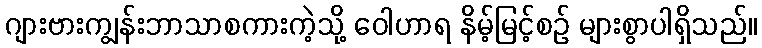
ဂျားဗားကျွန်းဘာသာစကားကဲ့သို့ ဝေါဟာရ နိမ့်မြင့်စဉ် များစွာပါရှိသည်။